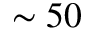
\sim 5 0